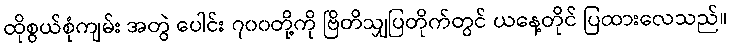
ထိုစွယ်စုံကျမ်း အတွဲ ပေါင်း ၇၀၀တို့ကို ဗြိတိသျှပြတိုက်တွင် ယနေ့တိုင် ပြထားလေသည်။